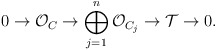
\begin{align*} 0 \rightarrow \mathcal{O}_C \rightarrow \bigoplus_{j=1}^n\mathcal{O}_{C_j} \rightarrow \mathcal{T} \rightarrow 0.\end{align*}